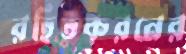
রহিতকরনের